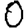
Digit: 0